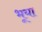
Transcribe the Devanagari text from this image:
भूया